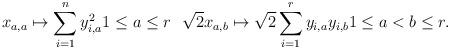
LaTeX: \begin{align*}x_{a,a}\mapsto \sum_{i=1}^ny_{i,a}^21\leq a\leq r\ \ \sqrt{2}x_{a,b}\mapsto \sqrt{2}\sum_{i=1}^r y_{i,a}y_{i,b}1\leq a<b\leq r.\end{align*}